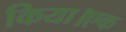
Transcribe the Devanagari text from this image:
किया।एक